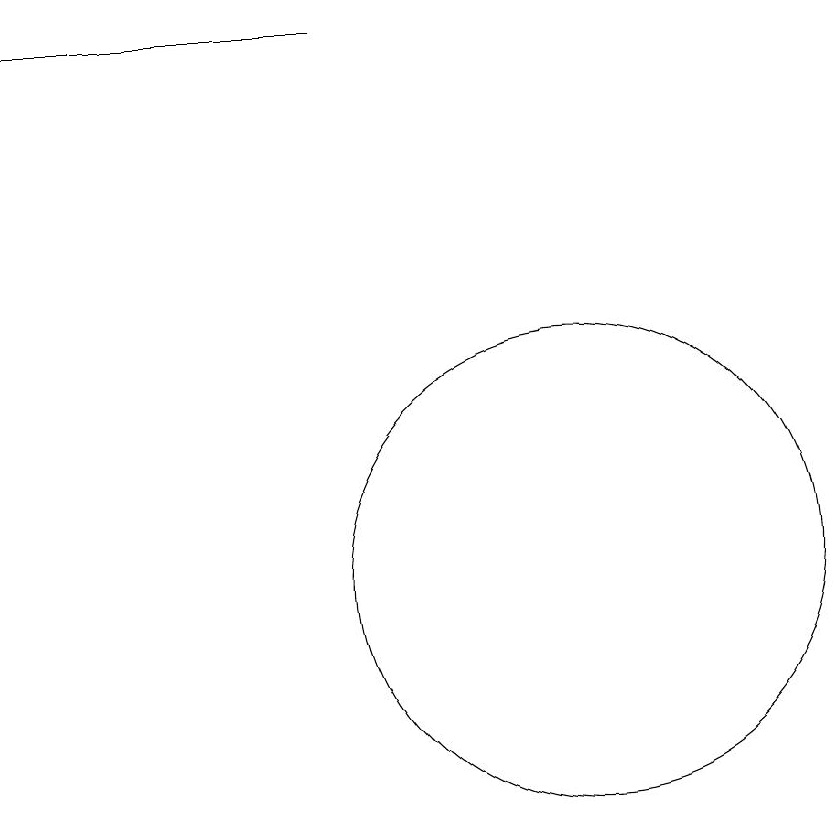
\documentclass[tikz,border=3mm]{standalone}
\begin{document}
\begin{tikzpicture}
\draw (10,11) circle (0);
\draw (10,12) circle (3);
\draw (7,19) rectangle (3,19);
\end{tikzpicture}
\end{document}